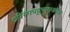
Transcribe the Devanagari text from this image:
श्रीरंगपट्टणमजवळ